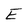
Character: E